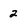
Character: 2